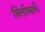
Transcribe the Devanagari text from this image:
क्‍लिनिकतर्फे